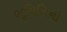
ભૂમિતિનો